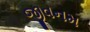
જીવનમ